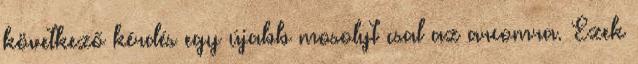
következő kérdés egy újabb mosolyt csal az arcomra. Ezek